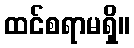
ထင်စရာမရှိ။